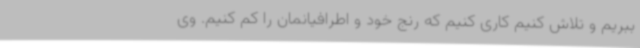
ببریم و تلاش کنیم کاری کنیم که رنج خود و اطرافیانمان را کم کنیم. وی